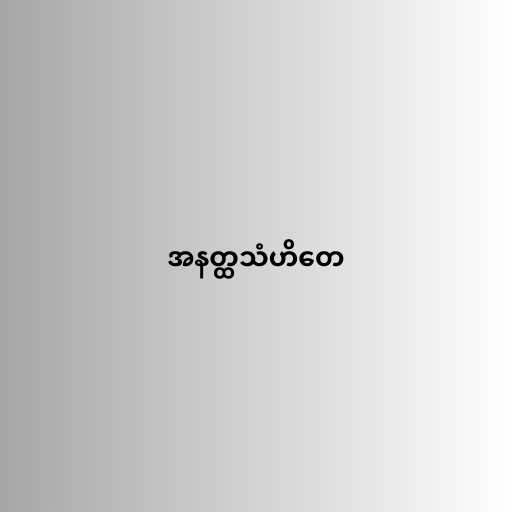
အနတ္ထသံဟိတေ